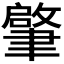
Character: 𦘦